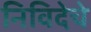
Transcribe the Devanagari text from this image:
निविदेचे